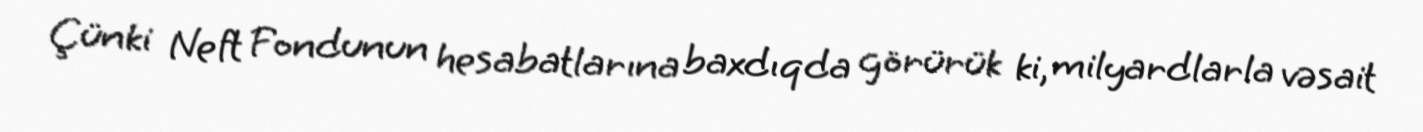
Çünki Neft Fondunun hesabatlarına baxdıqda görürük ki, milyardlarla vəsait